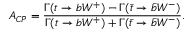
A _ { C P } = \frac { \Gamma ( t \rightarrow b W ^ { + } ) - \Gamma ( \bar { t } \rightarrow \bar { b } W ^ { - } ) } { \Gamma ( t \rightarrow b W ^ { + } ) + \Gamma ( \bar { t } \rightarrow \bar { b } W ^ { - } ) } .